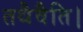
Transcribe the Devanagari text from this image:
तथैवैति।